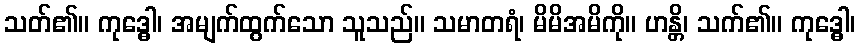
သတ်၏။ ကုဒ္ဓေါ၊ အမျက်ထွက်သော သူသည်။ သမာတရံ၊ မိမိအမိကို။ ဟန္တိ၊ သက်၏။ ကုဒ္ဓေါ၊